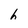
Character: h